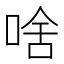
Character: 啥